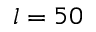
l = 5 0